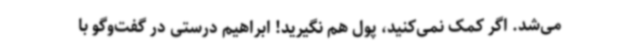
می‌شد. اگر کمک نمی‌کنید، پول هم نگیرید! ابراهیم درستی در گفت‌وگو با